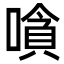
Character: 嗿